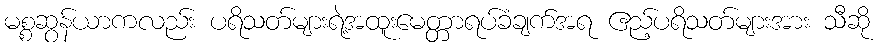
မစ္စဆွန်ယာကလည်း ပရိသတ်များရဲ့အထူးမေတ္တာရပ်ခံချက်အရ ဧည့်ပရိသတ်များအား သီဆို